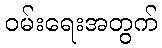
ဝမ်းရေးအတွက်